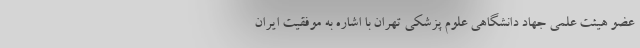
عضو هیئت علمی جهاد دانشگاهی علوم پزشکی تهران با اشاره به موفقیت ایران